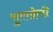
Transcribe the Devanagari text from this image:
सुरखेती